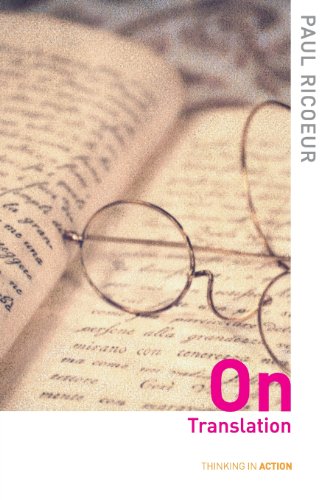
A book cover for On Translation (Thinking in Action); Paul Ricoeur; Politics & Social Sciences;